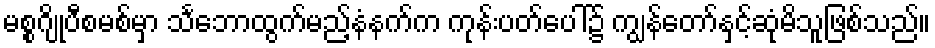
မစ္စဂျိုပီစမစ်မှာ သင်္ဘောထွက်မည့်နံနက်က ကုန်းပတ်ပေါ်၌ ကျွန်တော်နှင့်ဆုံမိသူဖြစ်သည်။